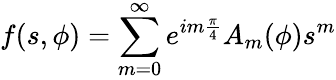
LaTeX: f(s,\phi)=\sum_{m=0}^{\infty}e^{im{\frac{\pi}{4}}}A_{m}(\phi)s^{m}